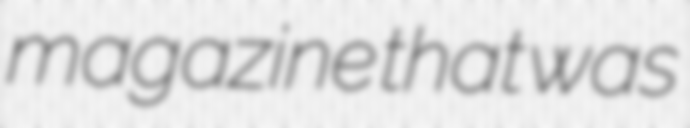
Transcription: magazine that was